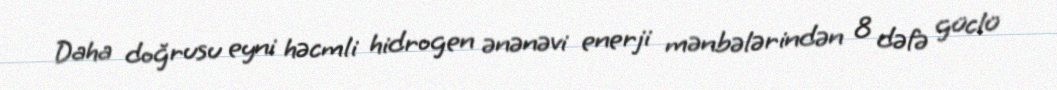
Daha doğrusu eyni həcmli hidrogen ənənəvi enerji mənbələrindən 8 dəfə güclü